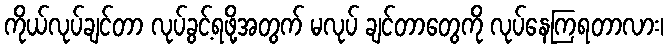
ကိုယ်လုပ်ချင်တာ လုပ်ခွင့်ရဖို့အတွက် မလုပ် ချင်တာတွေကို လုပ်နေကြရတာလား၊